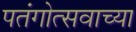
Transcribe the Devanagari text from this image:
पतंगोत्सवाच्या